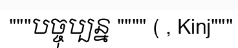
"""បច្ចុប្បន្ន """" ( , Kinj"""